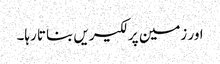
اور زمین پر لکیریں بناتا رہا۔